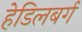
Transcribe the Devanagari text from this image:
हेडिलबर्ग